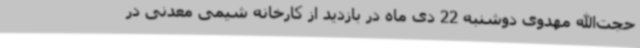
حجت‌الله مهدوی دوشنبه 22 دی ماه در بازدید از کارخانه شیمی معدنی در